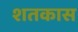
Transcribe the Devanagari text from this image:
शतकास